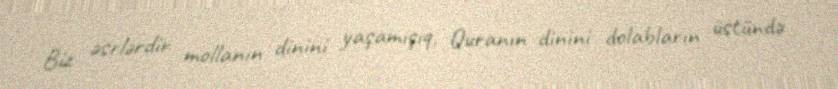
Biz əsrlərdir mollanın dinini yaşamışıq, Quranın dinini dolabların üstündə